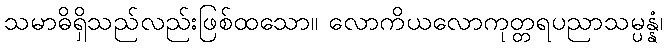
သမာဓိရှိသည်လည်းဖြစ်ထသော။ လောကိယလောကုတ္တရပညာသမ္ပန္နံ၊